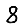
Digit: 8